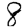
Digit: 8